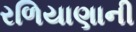
રળિયાણાની